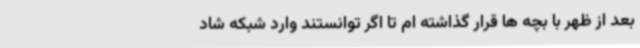
بعد از ظهر با بچه ها قرار گذاشته ام تا اگر توانستند وارد شبکه شاد